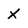
Character: X